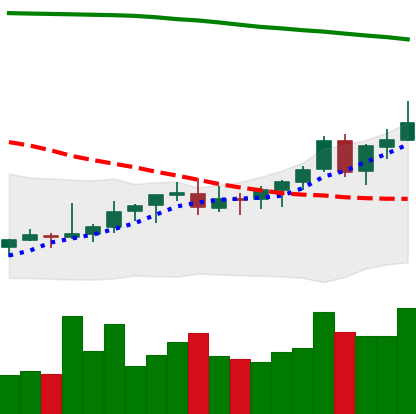
Ticker: EOS-USD
Chart end date: 2021-08-11
Forward return: 16.374%
Label: up_7plus